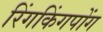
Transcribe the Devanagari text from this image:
रिंगकिंगपोंग